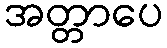
အတ္တာပေ